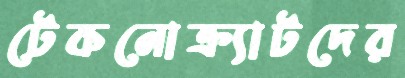
টেকনোক্র্যাটদের